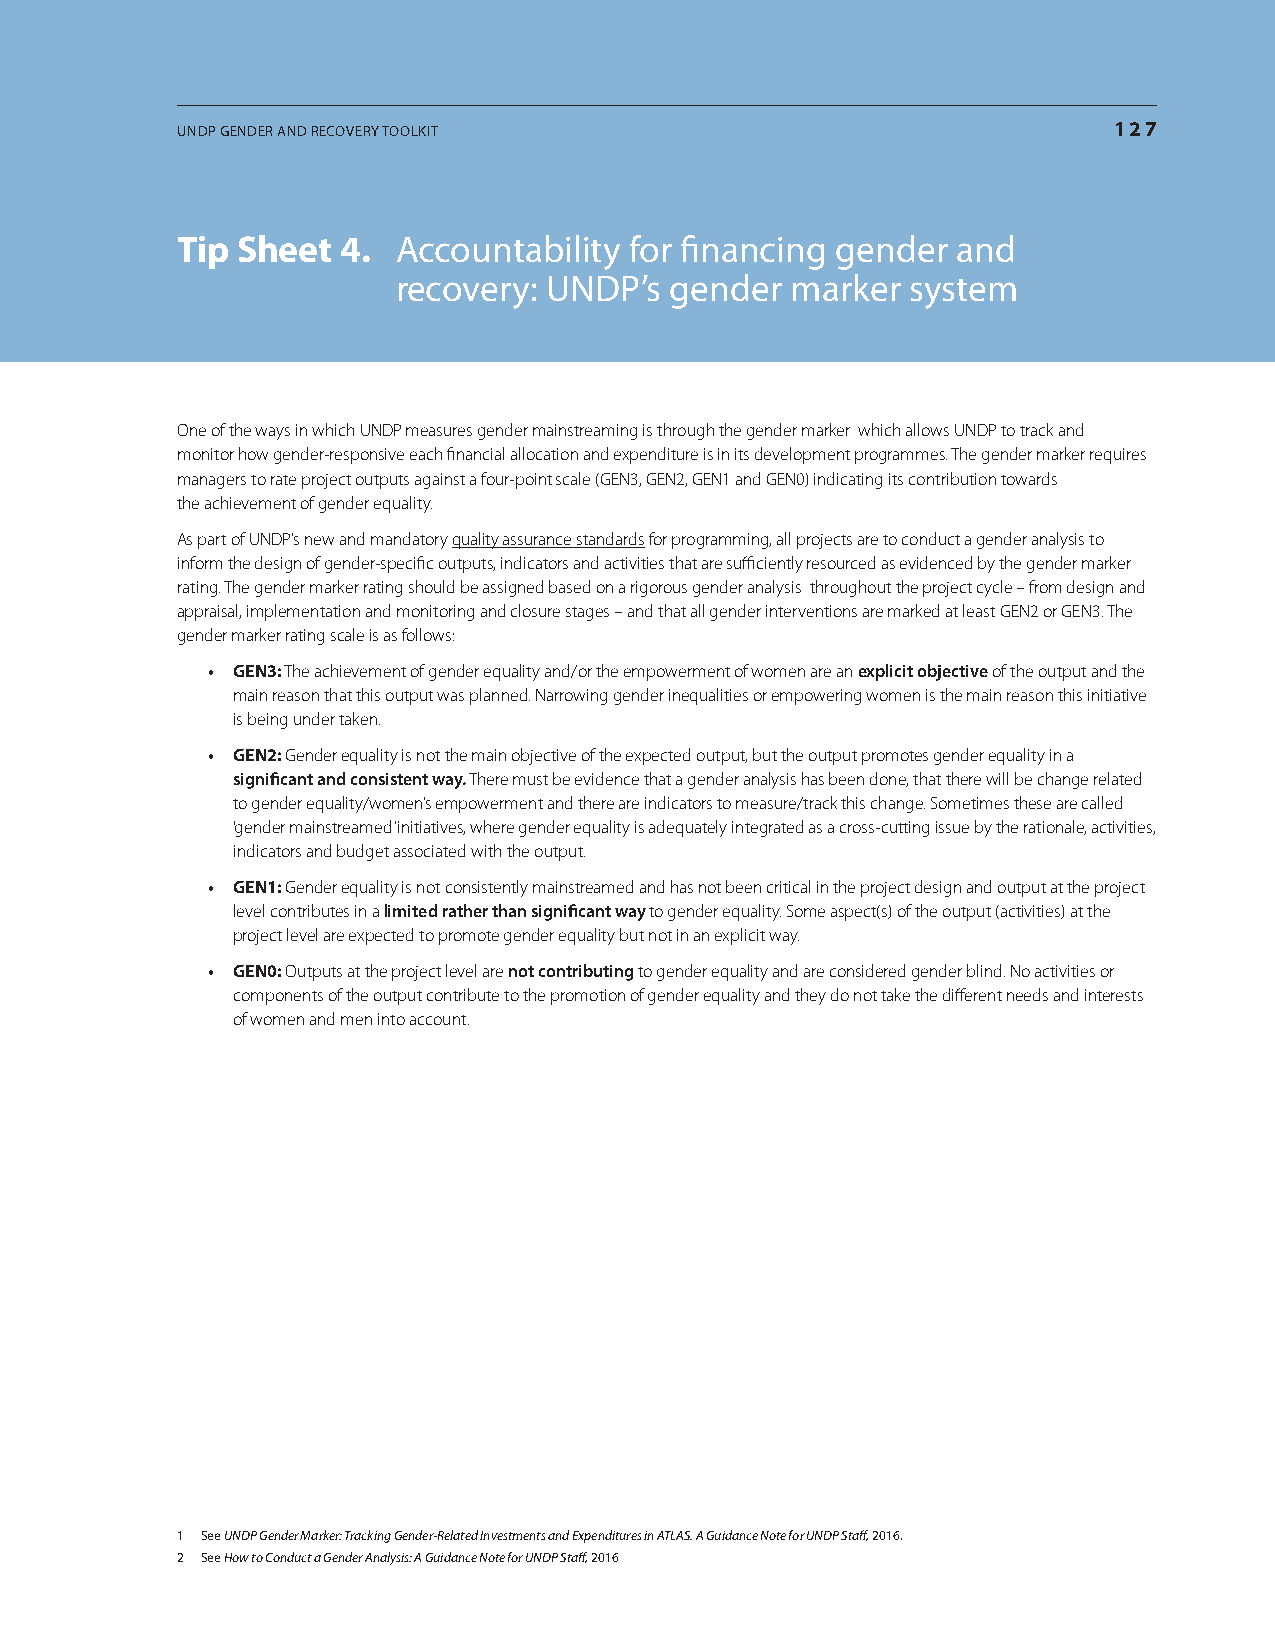
UNDP GeNDer aND recovery toolKit                              127
 tip sheet  4. accountability  for financing gender and
 recovery: UNDP’s  gender  marker  system
 One of the ways in which UNDP measures gender mainstreaming is through the gender marker which allows UNDP to track and
 monitor how gender-responsive each financial allocation and expenditure is in its development programmes. The gender marker requires
 managers to rate project outputs against a four-point scale (GEN3, GEN2, GEN1 and GEN0) indicating its contribution towards
 the achievement of gender equality.
 As part of UNDP’s new and mandatory quality assurance standards for programming, all projects are to conduct a gender analysis to
 inform the design of gender-specific outputs, indicators and activities that are sufficiently resourced as evidenced by the gender marker
 rating. The gender marker rating should be assigned based on a rigorous gender analysis throughout the project cycle – from design and
 appraisal, implementation and monitoring and closure stages – and that all gender interventions are marked at least GEN2 or GEN3. The
 gender marker rating scale is as follows:
 • GEN3: The achievement of gender equality and/or the empowerment of women are an explicit objective of the output and the
 main reason that this output was planned. Narrowing gender inequalities or empowering women is the main reason this initiative
 is being under taken.
 • GEN2: Gender equality is not the main objective of the expected output, but the output promotes gender equality in a
 significant and consistent way. There must be evidence that a gender analysis has been done, that there will be change related
 to gender equality/women’s empowerment and there are indicators to measure/track this change. Sometimes these are called
 ‘gender mainstreamed’ initiatives, where gender equality is adequately integrated as a cross-cutting issue by the rationale, activities,
 indicators and budget associated with the output.
 • GEN1: Gender equality is not consistently mainstreamed and has not been critical in the project design and output at the project
 level contributes in a limited rather than significant way to gender equality. Some aspect(s) of the output (activities) at the
 project level are expected to promote gender equality but not in an explicit way.
 • GEN0: Outputs at the project level are not contributing to gender equality and are considered gender blind. No activities or
 components of the output contribute to the promotion of gender equality and they do not take the different needs and interests
 of women and men into account.
 1 See UNDP Gender Marker: Tracking Gender-Related Investments and Expenditures in ATLAS. A Guidance Note for UNDP Staff, 2016.
 2 See How to Conduct a Gender Analysis: A Guidance Note for UNDP Staff, 2016